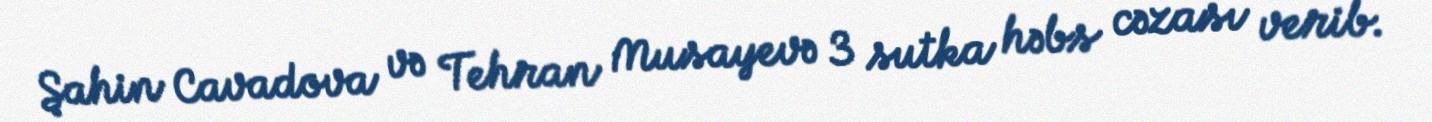
Şahin Cavadova və Tehran Musayevə 3 sutka həbs cəzası verib.